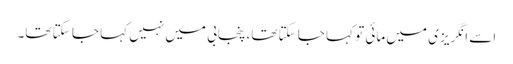
اسے انگریزی میں مائی تو کہا جا سکتا تھا، پنجابی میں نہیں کہا جا سکتا تھا۔